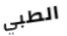
الطبي